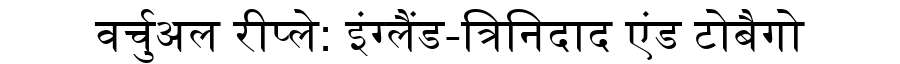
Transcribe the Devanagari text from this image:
वर्चुअल रीप्ले: इंग्लैंड-त्रिनिदाद एंड टोबैगो